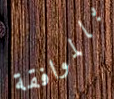
بالموافقة